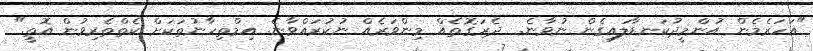
"އަހަރެމެން އުންމީދުކަނޑާލައިގެން ނުވާނެ.  ދެރަގޮތެއް މިންވަރެއް ނުކުރައްވާނެ. އިމްތިހާނުތަކަށް ކެތްތެރިވުން އޮތީ."